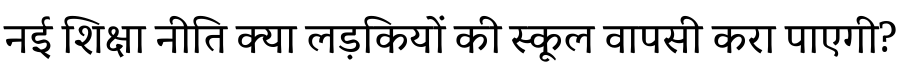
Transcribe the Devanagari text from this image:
नई शिक्षा नीति क्या लड़कियों की स्कूल वापसी करा पाएगी?